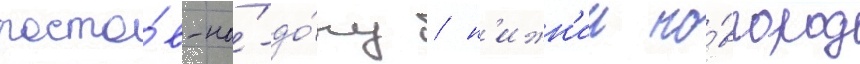
росто́в-на́-до́ну / н'ижн'ии но́вгород